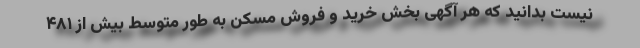
نیست بدانید که هر آگهی بخش خرید و فروش مسکن به طور متوسط بیش از ۴۸۱